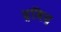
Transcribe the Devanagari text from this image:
द्रविद